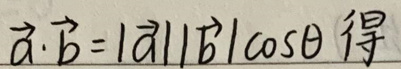
$\vec{a}\cdot\vec{b}=|\vec{a}||\vec{b}|\cos\theta \text{ 得}$